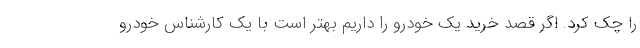
را چک کرد. اگر قصد خرید یک خودرو را داریم بهتر است با یک کارشناس خودرو